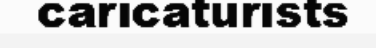
caricaturists